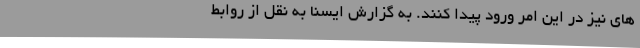
های نیز در این امر ورود پیدا کنند. به گزارش ایسنا به نقل از روابط